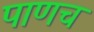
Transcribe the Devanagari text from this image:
पाणच